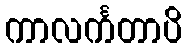
ကာလင်္ကတာပိ